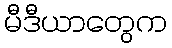
မီဒီယာတွေက